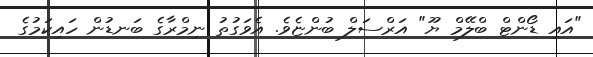
"އައި ޑޯންޓް ބްލޭމް ޔޫ" އަރްސަލް ބުންޏެވެ. އެވަގުތު ނިމްރާގެ ބަނޑުން ހައިކަމުގެ